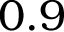
0 . 9